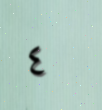
٤